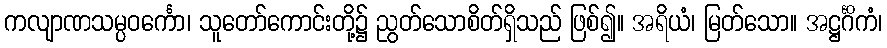
ကလျာဏသမ္ပဝင်္ကော၊ သူတော်ကောင်းတို့၌ ညွတ်သောစိတ်ရှိသည် ဖြစ်၍။ အရိယံ၊ မြတ်သော။ အဋ္ဌင်္ဂိကံ၊